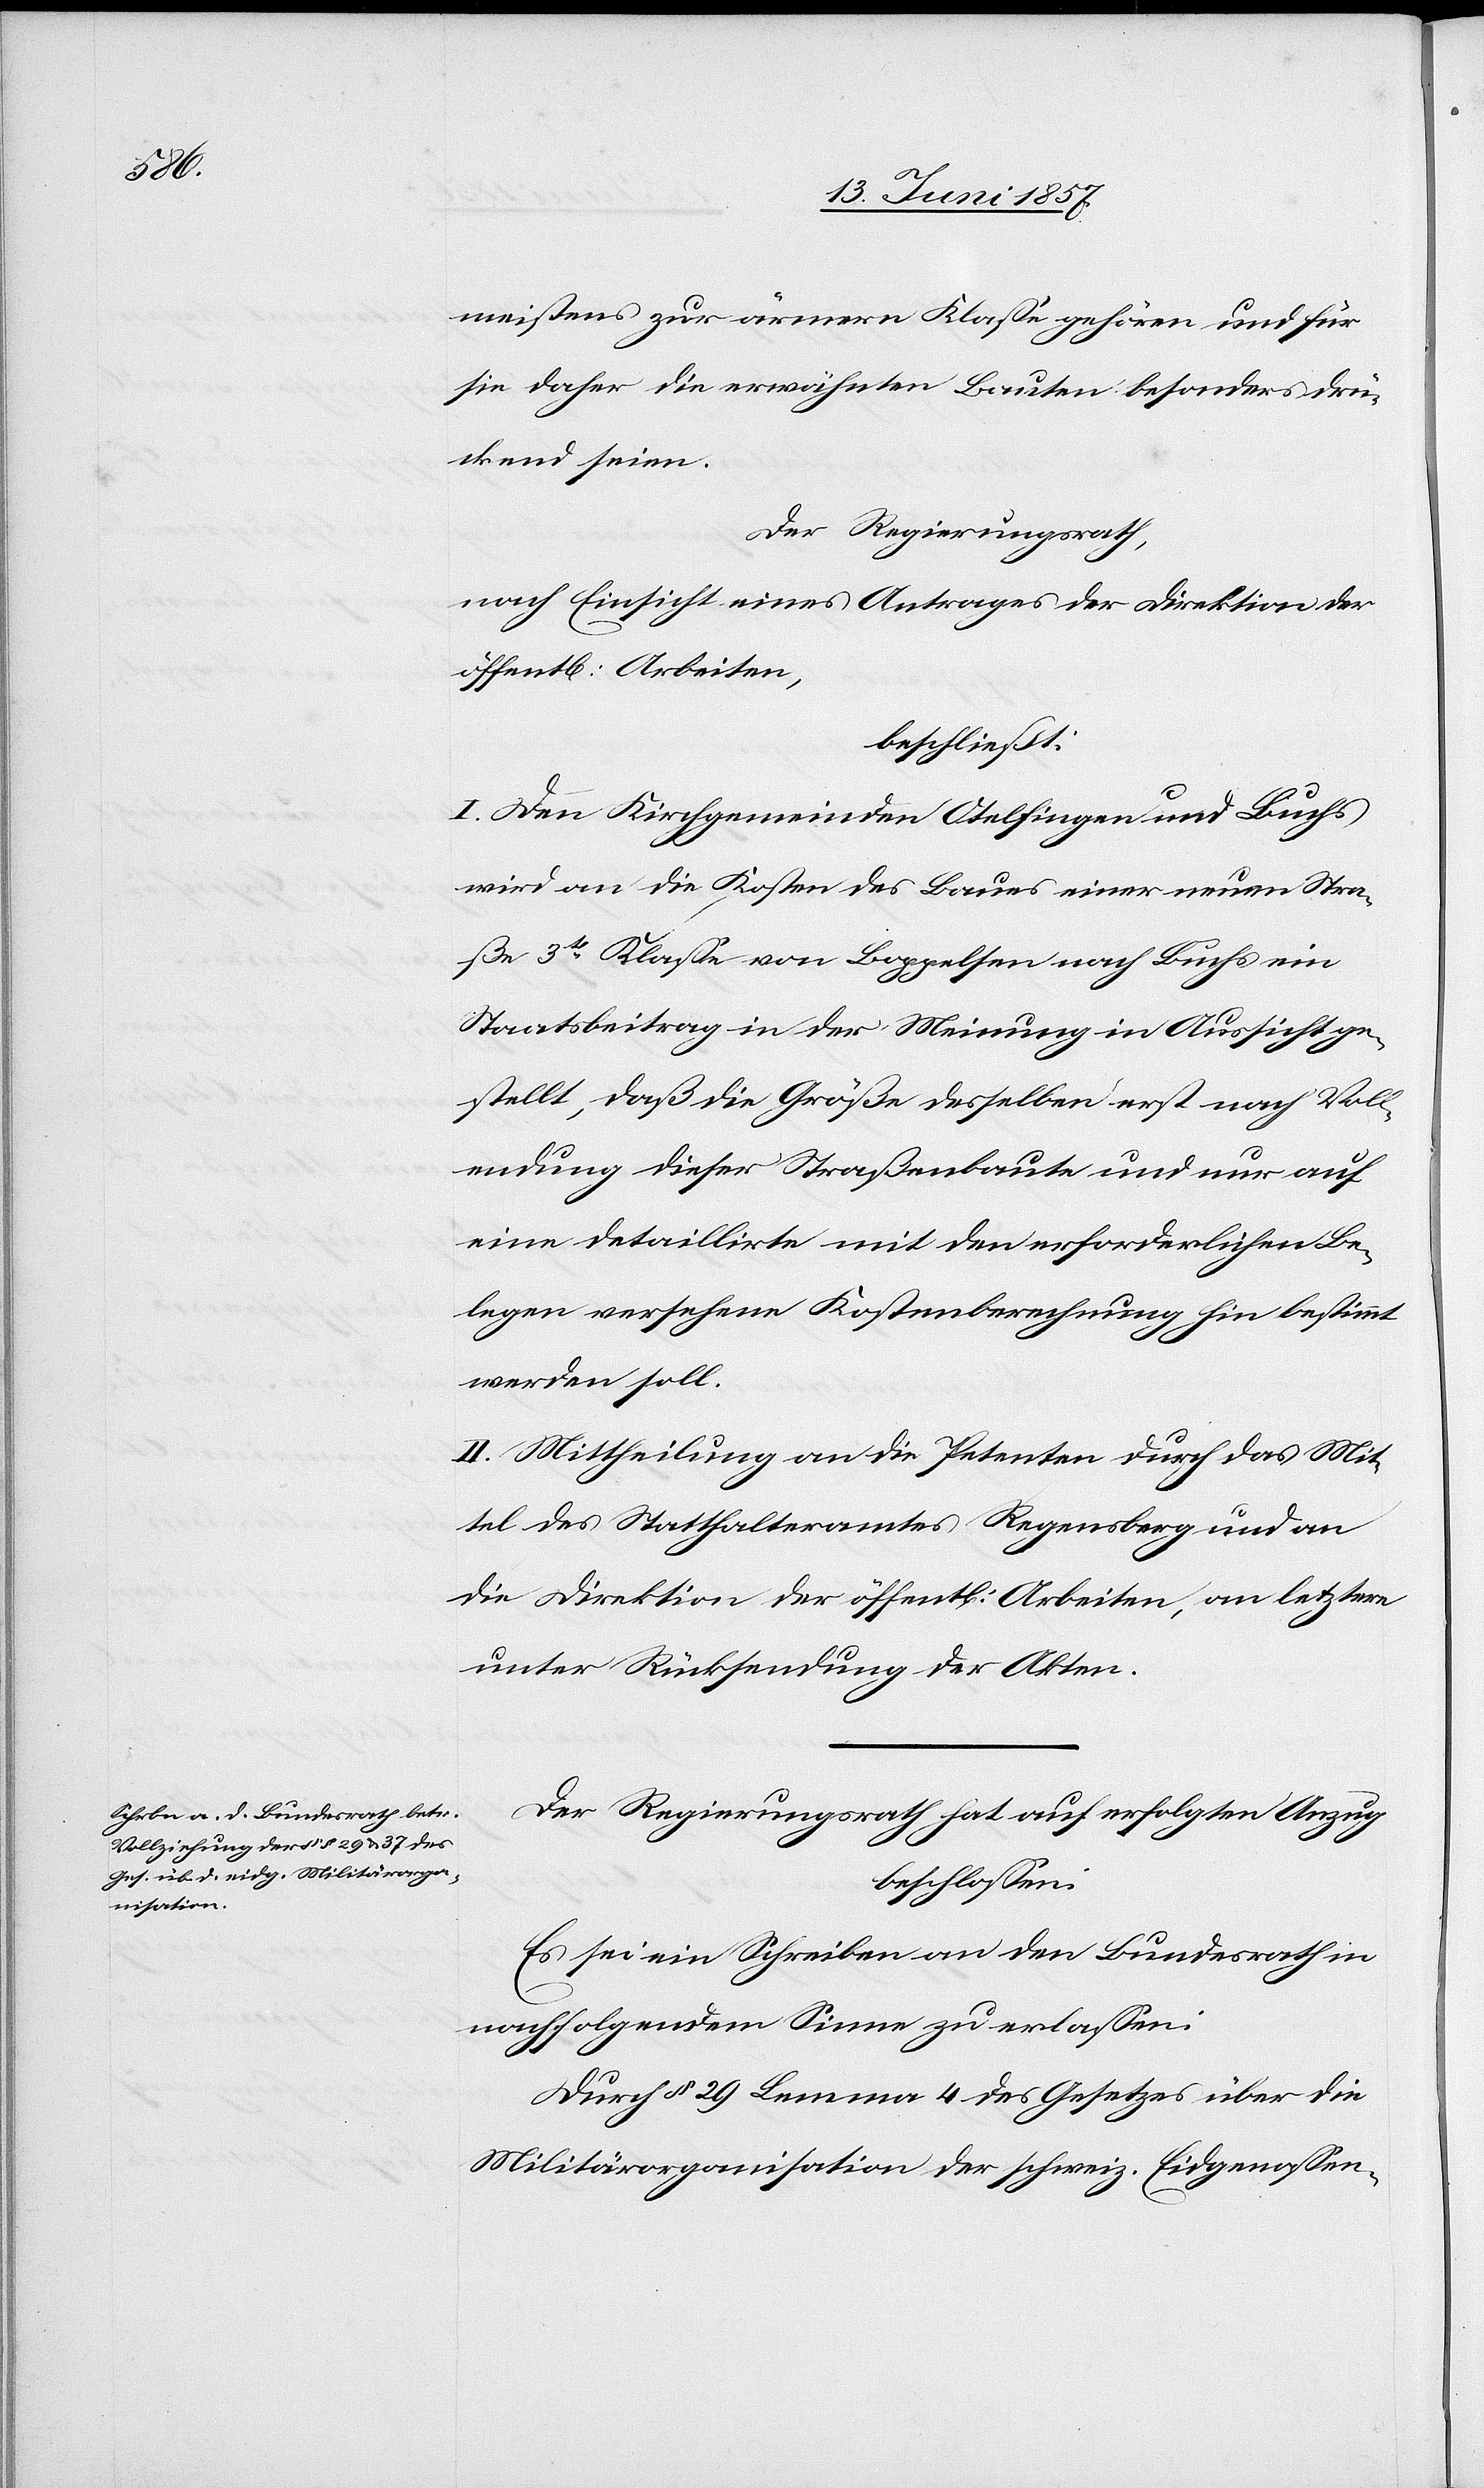
meistens zur ärmern Klasse gehören und für
sie daher die erwähnten Bauten besonders drü¬
ckend seien.
Der Regierungsrath,
nach Einsicht eines Antrages der Direktion der
öffentl. Arbeiten,
beschließt:
I. Den Kirchgemeinden Otelfingen und Buchs
wird an die Kosten des Baues einer neuen Stra¬
ße 3tr Klasse von Boppelsen nach Buchs ein
Staatsbeitrag in der Meinung in Aussicht ge¬
stellt, daß die Größe desselben erst nach Voll¬
endung dieser Straßenbaute und nur auf
eine detaillirte mit den erforderlichen Be¬
legen versehene Kostenberechnung bestimmt
werden soll.
II. Mitteilung an die Petenten durch das Mit¬
tel des Statthalteramtes Regensberg und an
die Direktion der öffentlichen Arbeiten, an letztere
unter Rücksendung der Akten.
Der Regierungsrath hat auf erfolgten Anzug
beschlossen:
Es sei ein Schreiben an den Bundesrath in
nachfolgendem Sinne zu erlassen:
Durch § 29 Lemma 4 des Gesetzes über die
Militärorganisation der schweiz. Eidgenossen-